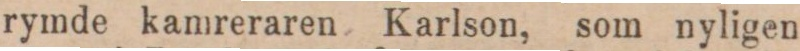
rymde kamreraren Karlson, som nyligen